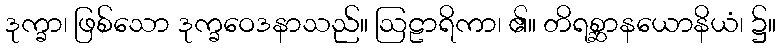
ဒုက္ခာ၊ ဖြစ်သော ဒုက္ခဝေဒနာသည်။ ဩဠာရိကာ၊ ၏။ တိရစ္ဆာနယောနိယံ၊ ၌။